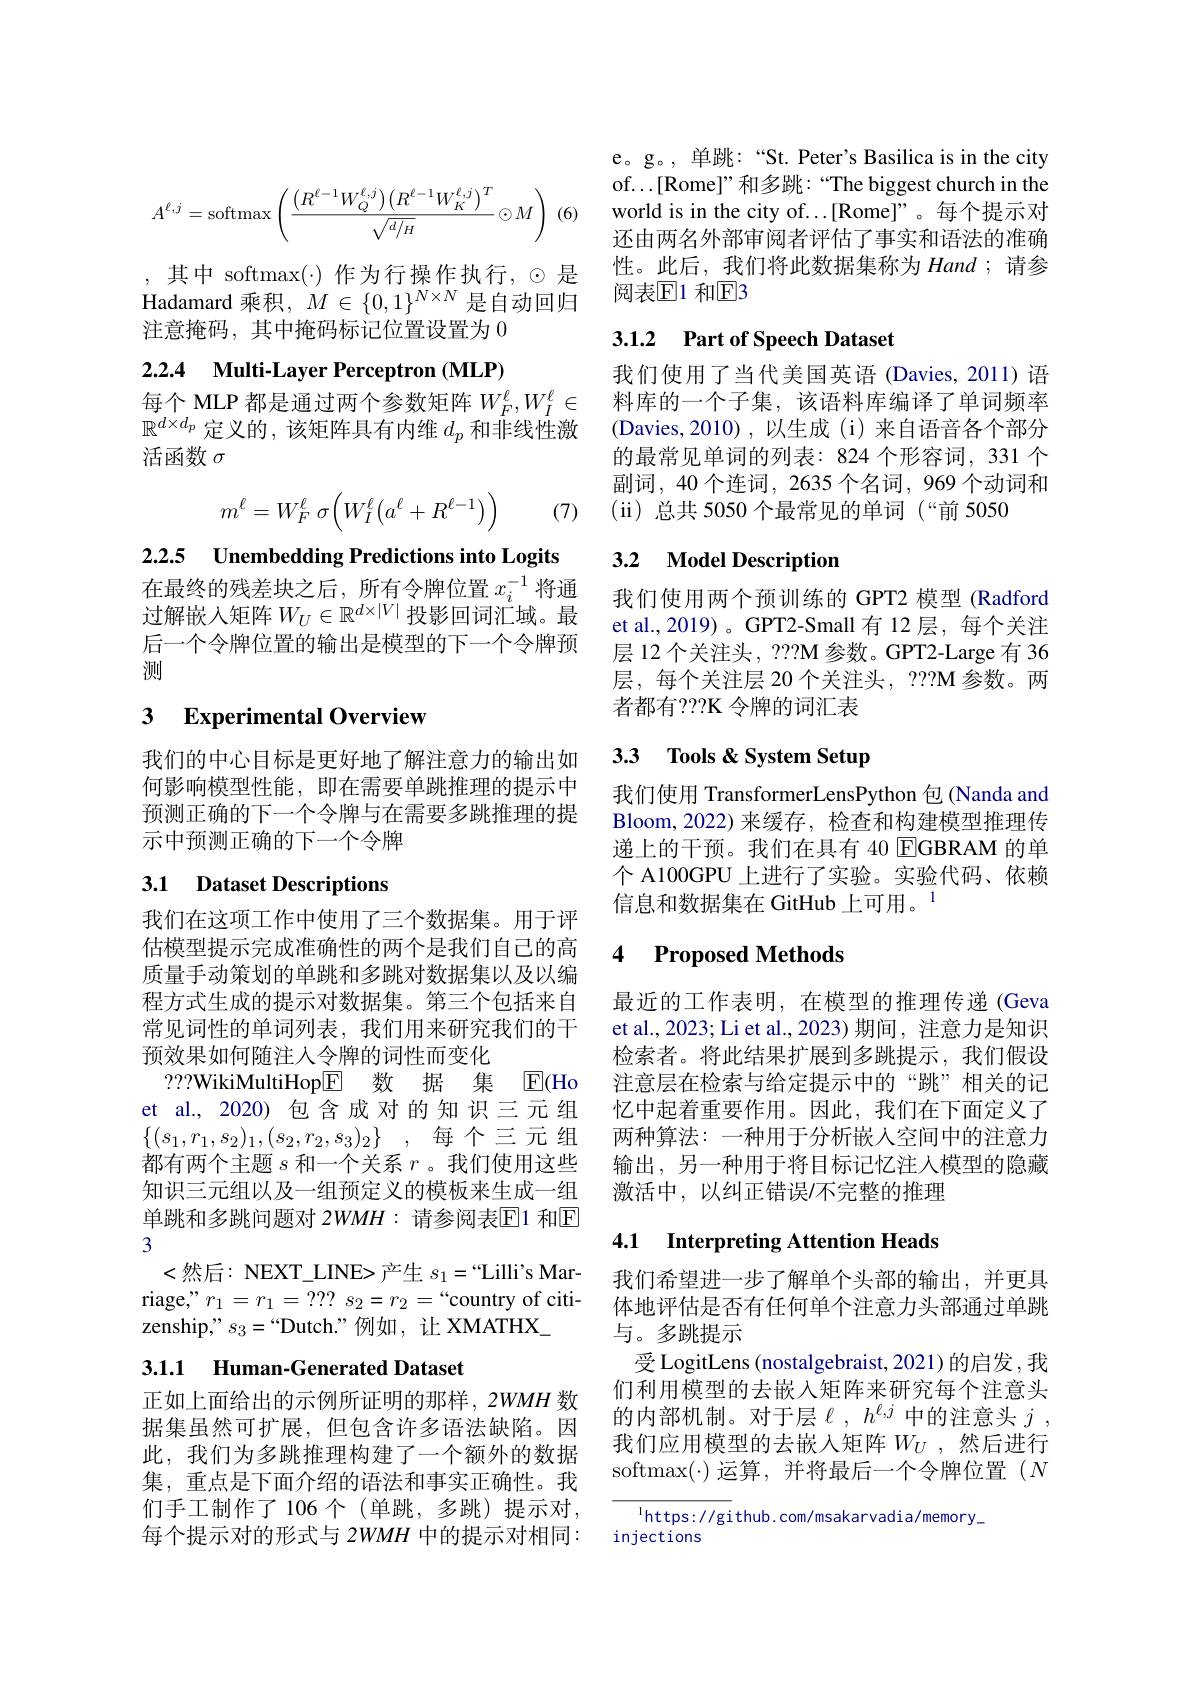
$$A^{\ell,j}=\text{softmax}\left(\frac{\left(R^{\ell-1}W_Q^{\ell,j}\right)\left(R^{\ell-1}W_K^{\ell,j}\right)^T}{\sqrt{d/_H}}\odot M\right)\:.$$
其中 softmax(·) 作为行操作执行，$\odot$是Hadamard 乘积，$M\in\{0,1\}^{N\times N}$是自动回归注意掩码，其中掩码标记位置设置为0

# 2.2.4 Multi-Layer Perceptron (MLP)

每个 MLP 都是通过两个参数矩阵$W_F^\ell,W_I^\ell\in$ $\mathbb{R}^{d\times d_p}$定义的，该矩阵具有内维$d_p$和非线性激活函数$\sigma$
$$m^\ell=W_F^\ell\:\sigma\Big(W_I^\ell\Big(a^\ell+R^{\ell-1}\Big)\Big)$$
(7)

2.2.5 Unembedding Predictions into Logits

在最终的残差块之后，所有令牌位置$x_i^{-1}$将通过解嵌入矩阵$W_U\in\mathbb{R}^{d\times|V|}$投影回词汇域。最后一个令牌位置的输出是模型的下一个令牌预测

## 3 $\textbf{Experimental Overview}$

我们的中心目标是更好地了解注意力的输出如何影响模型性能，即在需要单跳推理的提示中预测正确的下一个令牌与在需要多跳推理的提示中预测正确的下一个令牌

# 3.1 Dataset Descriptions

我们在这项工作中使用了三个数据集。用于评估模型提示完成准确性的两个是我们自己的高质量手动策划的单跳和多跳对数据集以及以编程方式生成的提示对数据集。第三个包括来自常见词性的单词列表，我们用来研究我们的干预效果如何随注入令牌的词性而变化
???WikiMultiHop$\boxed{\mathrm{F} }$ 数 据 集 E(Ho et al., 2020) 包含成对的知识三元组$\{ ( s_1, r_1, s_2) _1, ( s_2, r_2, s_3) _2\}$ , 每个三元组都有两个主题$s$和一个关系$r$。我们使用这些知识三元组以及一组预定义的模板来生成一组单跳和多跳问题对 2$WMH:$ 请参阅表$\overline{\mathrm{E}}$1 和$\overline{\mathrm{E}}$ 3
<然后：NEXT\_LINE> 产生 $s_1=$“Lilli’s Marriage," $r_1=r_{1}=???~s_{2}=r_{2}=``$country of citizenship," $s_3=“$Dutch."例如，让 XMATHX\_

# 3.1.1 Human-Generated Dataset

正如上面给出的示例所证明的那样，2WMH 数据集虽然可扩展，但包含许多语法缺陷。因此，我们为多跳推理构建了一个额外的数据集，重点是下面介绍的语法和事实正确性。我们手工制作了106个(单跳，多跳)提示对， 每个提示对的形式与 2WMH 中的提示对相同：

e。g。, 单跳：“St. Peter's Basilica is in the city of...[Rome]”和多跳：“The biggest church in the world is in the city of...[Rome]”。每个提示对还由两名外部审阅者评估了事实和语法的准确性。此后，我们将此数据集称为Hand；请参阅表$\mathbb{E}$1 和$\mathbb{E}$3

## 3.1.2 $\textbf{Part of Speech Dataset}$

我们使用了当代美国英语 (Davies,2011)语料库的一个子集，该语料库编译了单词频率(Davies,2010),以生成(i)来自语音各个部分的最常见单词的列表：824 个形容词，331 个副词，40 个连词，2635 个名词，969 个动词和(ii)总共 5050 个最常见的单词(“前 5050

## 3.2 $\textbf{Model Description}$

我们使用两个预训练的 GPT2 模型 (Radford et al.,2019)。GPT2-Small 有 12 层，每个关注层 12 个关注头，???M 参数。GPT2-Large 有 36层，每个关注层 20 个关注头，2??M 参数。两者都有？??K 令牌的词汇表

## 3.3 Tools & System Setup

我们使用 TransformerLensPython 包(Nanda and Bloom, 2022) 来缓存，检查和构建模型推理传递上的干预。我们在具有 40 EGBRAM 的单个 A100GPU 上进行了实验。实验代码、依赖信息和数据集在 GitHub 上可用。$^{1}$

### 4 $\textbf{Proposed Methods}$

最近的工作表明，在模型的推理传递(Geva et al., 2023; Li et al., 2023) 期间，注意力是知识检索者。将此结果扩展到多跳提示，我们假设注意层在检索与给定提示中的“跳”相关的记忆中起着重要作用。因此，我们在下面定义了两种算法：一种用于分析嵌人空间中的注意力输出，另一种用于将目标记忆注入模型的隐藏激活中，以纠正错误/不完整的推理

### 4.1 Interpreting Attention Heads

我们希望进一步了解单个头部的输出，并更具体地评估是否有任何单个注意力头部通过单跳与。多跳提示
受 LogitLens (nostalgebraist, 2021) 的启发，我们利用模型的去嵌入矩阵来研究每个注意头的内部机制。对于层$\ell,h^{\ell,j}$中的注意头$j$, 我们应用模型的去嵌入矩阵$W_U$,然后进行softmax($\cdot)运算，并将最后一个令牌位置(N$

$^{\mathrm{l}}$https://github.com/msakarvadia/memory\_
injections